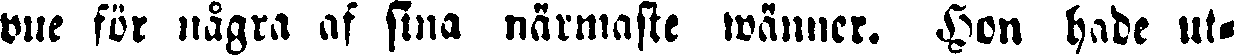
vue för nägra af sina närmaste wänner. Hon hade ut-